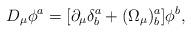
LaTeX: \begin{align*}D_\mu\phi^a=[\partial_\mu\delta^a_b+(\Omega_\mu)^a_b]\phi^b,\end{align*}